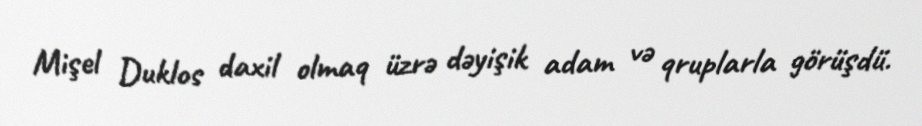
Mişel Duklos daxil olmaq üzrə dəyişik adam və qruplarla görüşdü.